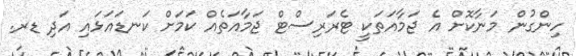
ހިންގުން މަނާކޮށް އެ ޖަމާއަތަކީ ޓެރަރިސްޓް ޖަމާއަތެއް ކަމަށް ކަނޑައަޅައި އަދި ޑރ.